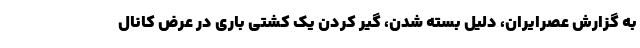
به گزارش عصرایران، دلیل بسته شدن، گیر کردن یک کشتی باری در عرض کانال